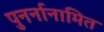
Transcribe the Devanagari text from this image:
पुनर्नानामित